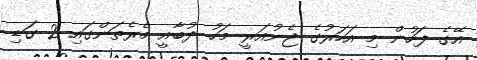
އޭގެ ފަހުން މި އަހަރުގެ ޖެނުއަރީ މަހު ދުބާއީ މެރެތަންގައި 2 ގަޑި